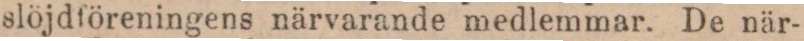
slöjdföreningens närvarande medlemmar. De när-